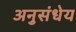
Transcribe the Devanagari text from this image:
अनुसंधेय